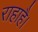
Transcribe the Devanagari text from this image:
राहाहै।